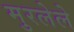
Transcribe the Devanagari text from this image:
मुरलेले